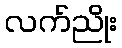
လက်ညိုး